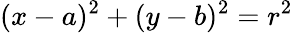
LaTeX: (x-a)^{2}+(y-b)^{2}=r^{2}